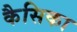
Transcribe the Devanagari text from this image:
कैसिका